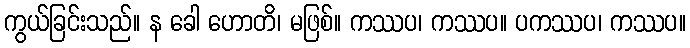
ကွယ်ခြင်းသည်။ န ခေါ ဟောတိ၊ မဖြစ်။ ကဿပ၊ ကဿပ။ ပကဿပ၊ ကဿပ။